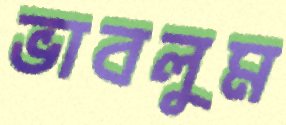
ভাবলুম